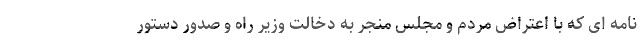
نامه ای که با اعتراض مردم و مجلس منجر به دخالت وزیر راه و صدور دستور